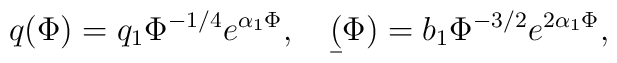
q(\Phi)=q_1 \Phi^{-1/4}e^{\alpha_1 \Phi}, \ \ \ \b(\Phi)=b_1 \Phi^{-3/2}e^{2\alpha_1 \Phi},